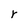
Character: r